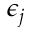
\epsilon _ { j }